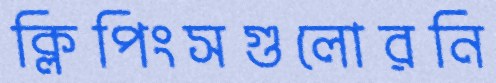
ক্লিপিংসগুলোরনি